Lunatic asylums Punjab 1911-1921 - 1911-1921
Year: 1911
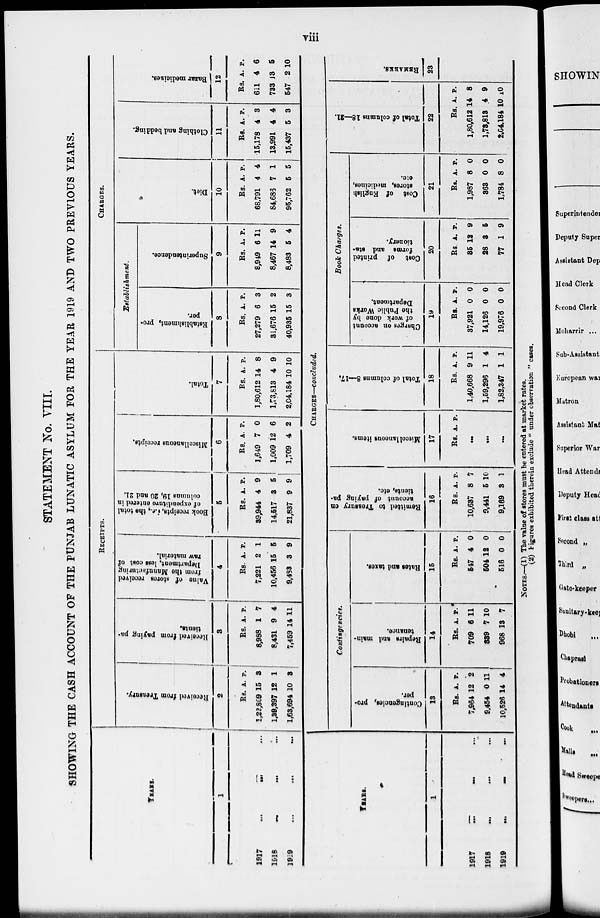
viii
STATEMENT No. VIII.
SHOWING THE CASH ACCOUNT OF THE PUNJAB LUNATIC ASYLUM FOR THE YEAR 1919 AND TWO PREVIOUS YEARS.
YEARS.
1
1917 ... ... ...
1918 ... ... ...
1919 ... ... ...
RECEIPTS.
Received from Treasury.
2
Rs.
1,22,809
1,39,397
1,63,694
A.
15
12
10
P.
3
1
3
Received from paying pa-
tients.
3
Rs.
8,988
8,431
7,459
A.
1
9
14
P.
7
4
11
Value of stores received
from the Manufacturing
Department, less cost of
raw material.
4
Rs.
7,221
10,456
9,483
A.
2
15
3
P.
1
5
9
Book receipts, i.e., the total
of expenditure entered in
columns 19, 20 and 21.
5
Rs.
39,944
14,517
21,837
A.
4
3
9
P.
9
5
9
Miscellaneous receipts.
6
Rs.
1,649
1,009
1,709
A.
7
12
4
P.
0
6
2
Total.
7
Rs.
1,80,612
1,73,813
2,04,184
A.
14
4
10
P.
8
9
10
CHARGES.
Establishment.
Establishment, pro-
per.
8
Rs.
27,279
31,676
40,935
A.
6
15
15
P.
3
2
3
Superintendence.
9
Rs.
8,949
8,467
8,483
A.
6
14
5
p.
11
9
4
Diet.
10
Rs.
68,791
84,685
95,762
A.
4
7
5
P.
4
1
5
Clothing and bedding.
11
Rs.
15,178
13,991
15,437
A.
4
4
5
P.
3
4
3
Bazar medicines.
12
Rs.
611
733
547
A.
4
13
2
P.
6
5
10
YEARS.
1
1917
...
...
...
1918
...
...
...
1919
...
...
...
CHARGES—concluded.
Contingencies.
Contingencies, pro-
per.
13
Rs.
7,964
9,454
10,526
A.
12
0
14
P.
2
11
4
Repairs and main-
tenance.
14
Rs.
709
339
968
A.
6
7
13
P.
11
10
7
Rates and taxes.
15
Rs.
547
504
516
A.
4
12
0
P.
0
0
0
Remitted to Treasury on
account of paying pa-
tients, etc.
16
Rs.
10,637
9,441
9,169
A.
8
5
3
P.
7
10
1
Miscellaneous items.
17
Rs. A. P.
...
...
...
Total of columns 8—17.
18
Rs.
1,40,668
1,59,296
1,82,347
A.
9
1
1
P.
11
4
1
Book Charges.
Charges on account
of work done by
the Public Works
Department.
19
Rs.
37,921
14,126
19,976
A.
0
0
0
P.
0
0
0
Cost of printed
forms and sta-
tionery.
20
Rs.
35
28
77
A.
12
3
1
P.
9
5
9
Cost of English
stores, medicines,
etc.
21
Rs.
1,987
363
1,784
A.
8
0
8
P.
0
0
0
Total of colnmns 18—21.
22
Rs.
1,80,612
1,73,813
2,04,184
A.
14
4
10
P.
8
9
10
REMARKS.
23
NOTES.—(1) The value of stores must be entered at market rates.